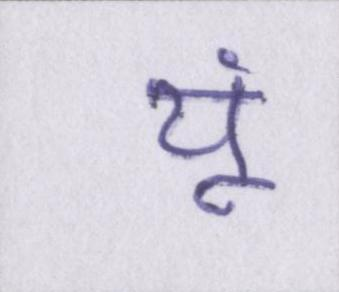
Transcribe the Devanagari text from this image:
यूं